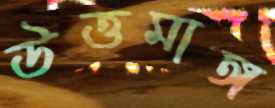
উত্তমাঙ্গ